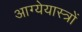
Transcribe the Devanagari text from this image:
आग्येयास्त्रों